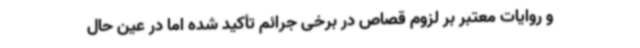
و روایات معتبر بر لزوم قصاص در برخی جرائم تأکید شده اما در عین حال